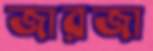
জারজা